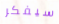
سيفكر